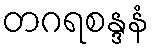
တဂရစန္ဒနံ